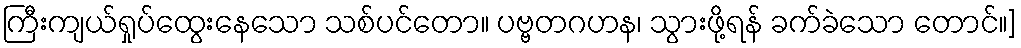
ကြီးကျယ်ရှုပ်ထွေးနေသော သစ်ပင်တော။ ပဗ္ဗတဂဟန၊ သွားဖို့ရန် ခက်ခဲသော တောင်။]